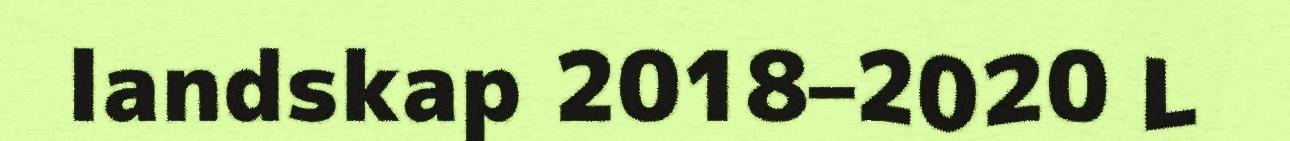
landskap 2018–2020 L